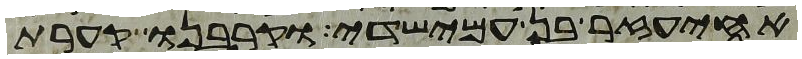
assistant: אחיעזר בן עמישדי וקרבנו קערת